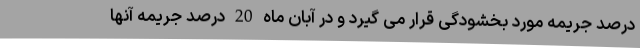
درصد جریمه مورد بخشودگی قرار می گیرد و در آبان ماه 20 درصد جریمه آنها